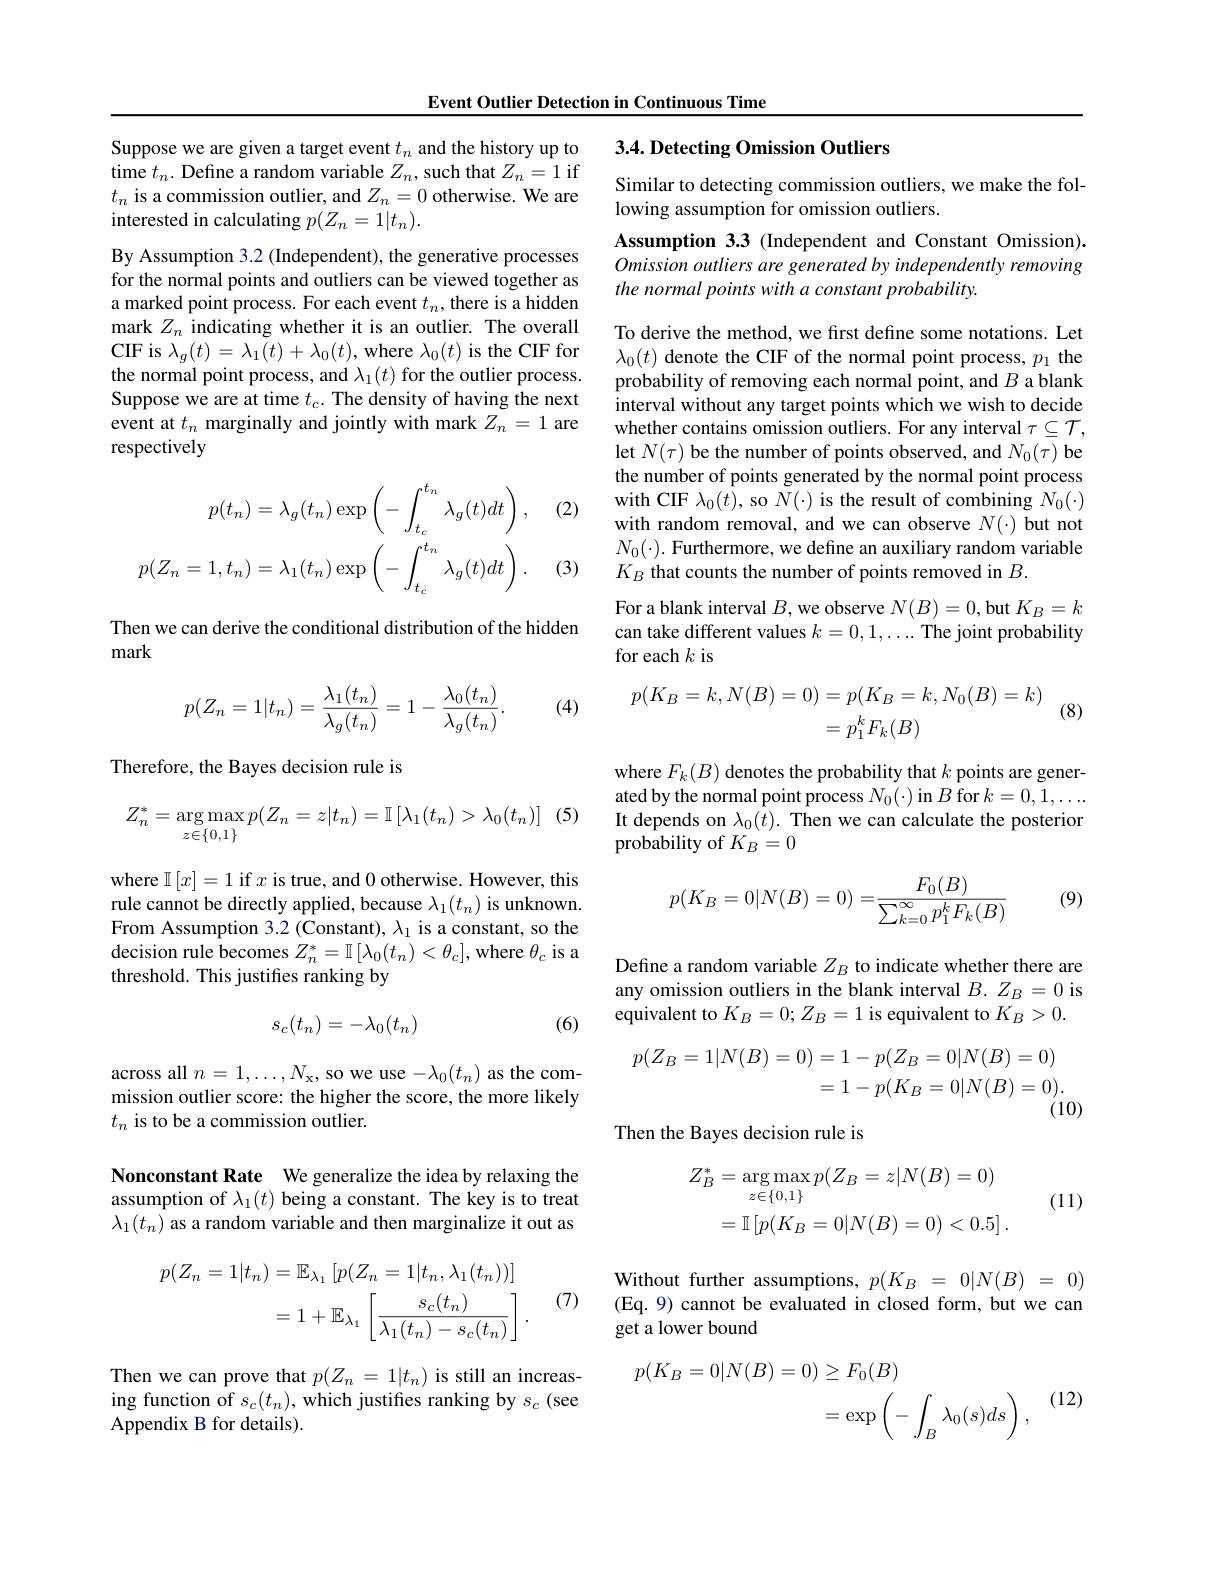
Event Outlier Detection in Continuous Time

Suppose we are given a target event $t_n$ and the history up to time $t_n.$ Define a random variable $Z_n$, such that $Z_n=1$ if $t_n$ is a commission outlier, and $Z_n=0$ otherwise. We are interested in calculating $p(Z_n=1|t_n).$

By Assumption 3.2 (Independent), the generative processes for the normal points and outliers can be viewed together as a marked point process. For each event $t_n$, there is a hidden mark $Z_n$ indicating whether it is an outlier. The overall CIF is $\lambda_g(t)=\lambda_{1}(t)+\lambda_{0}(t)$,where $\lambda_0(t)$ is the CIF for the normal point process, and $\lambda_1(t)$ for the outlier process. Suppose we are at time $t_c.$ The density of having the next event at $t_n$ marginally and jointly with mark $Z_n=1$ are respectively

(2)
$$p(t_{n})=\lambda_{g}(t_{n})\exp\left(-\int_{t_{c}}^{t_{n}}\lambda_{g}(t)dt\right),\\p(Z_{n}=1,t_{n})=\lambda_{1}(t_{n})\exp\left(-\int_{t_{c}}^{t_{n}}\lambda_{g}(t)dt\right).$$
(3)

Then we can derive the conditional distribution of the hidden
mark

(4)
$$p(Z_n=1|t_n)=\frac{\lambda_1(t_n)}{\lambda_g(t_n)}=1-\frac{\lambda_0(t_n)}{\lambda_g(t_n)}.$$
Therefore, the Bayes decision rule is

(5)
$$Z_n^*=\underset{z\in\{0,1\}}{\arg\max}p(Z_n=z|t_n)=\mathbb{I}\left[\lambda_1(t_n)>\lambda_0(t_n)\right]$$
where $\mathbb{I}\left[x\right]=1$ if $x$ is true, and 0 otherwise. However, this rule cannot be directly applied, because $\lambda_1(t_n)$ is unknown. From Assumption 3.2 (Constant), $\lambda_1$ is a constant, so the decision rule becomes $Z_n^*=\mathbb{I}\left[\lambda_0(t_n)<\theta_c\right]$,where $\theta_c$ is a threshold. This justifies ranking by

(6)
$$s_c(t_n)=-\lambda_0(t_n)$$
across all $n=1,\ldots,N_{\mathrm{x}}$, so we use$-\lambda_0(t_n)$ as the commission outlier score: the higher the score, the more likely $t_n$ is to be a commission outlier.

Nonconstant Rate We generalize the idea by relaxing the assumption of $\lambda_1(t)$ being a constant. The key is to treat $\lambda_1(t_n)$ as a random variable and then marginalize it out as
$$\begin{aligned}p(Z_{n}=1|t_{n})&=\mathbb{E}_{\lambda_{1}}\left[p(Z_{n}=1|t_{n},\lambda_{1}(t_{n}))\right]\\&=1+\mathbb{E}_{\lambda_{1}}\left[\frac{s_{c}(t_{n})}{\lambda_{1}(t_{n})-s_{c}(t_{n})}\right].\end{aligned}$$
(7)

Then we can prove that $p(Z_{n}=1|t_{n})$ is still an increasing function of $s_c(t_n)$,which justifes ranking by $s_c$ (see Appendix B for details).

### 3.4. Detecting Omission Outliers

Similar to detecting commission outliers, we make the fol-
lowing assumption for omission outliers.

Assumption 3.3 (Independent and Constant Omission). Omission outliers are generated by independently removing the normal points with a constant probability.

To derive the method, we first define some notations. Let $\lambda_0(t)$ denote the CIF of the normal point process, $p_1$ the probability of removing each normal point, and $B$ a blank interval without any target points which we wish to decide whether contains omission outliers. For any interval $\tau\subseteq\mathcal{T}$, let $N(\tau)$ be the number of points observed, and $N_0(\tau)$ be the number of points generated by the normal point process with CIF $\lambda_0(t)$, so $N(\cdot)$ is the result of combining $N_0(\cdot)$ with random removal, and we can observe $N(\cdot)$ but not $N_{0}( \cdot ) .$ Furthermore, we define an auxiliary random variable $K_{B}$ that counts the number of points removed in $B.$

For a blank interval $B$, we observe $N(B)=0$, but $K_B=k$ can take different values $k=0,1,\ldots$ The joint probability for each $k$ is
$$\begin{aligned}p(K_B=k,N(B)=0)&=p(K_B=k,N_0(B)=k)\\&=p_1^kF_k(B)\end{aligned}$$
where $F_k(B)$ denotes the probability that $k$ points are generated by the normal point process $N_0(\cdot)$ in $B$ for $k=0,1,\ldots.$ It depends on $\lambda_0(t).$ Then we can calculate the posterior probability of $K_B=0$

(9)
$$p(K_B=0|N(B)=0)=\frac{F_0(B)}{\sum_{k=0}^\infty p_1^kF_k(B)}$$
Define a random variable $Z_B$ to indicate whether there are any omission outliers in the blank interval $B.Z_B=0$ is equivalent to $K_B=0;Z_B=1$ is equivalent to $K_B>0.$
$$\begin{aligned}p(Z_{B}=1|N(B)=0)&=1-p(Z_{B}=0|N(B)=0)\\&=1-p(K_{B}=0|N(B)=0).\end{aligned}$$
Then the Bayes decision rule is
$$\begin{aligned}Z_{B}^{*}&=\arg\max_{z\in\{0,1\}}p(Z_{B}=z|N(B)=0)\\&=\mathbb{I}\left[p(K_{B}=0|N(B)=0)<0.5\right].\end{aligned}$$
(11)

Without further assumptions, $p(K_B=0|N(B)=0)$ (Eq. 9) cannot be evaluated in closed form, but we can

get a lower bound
$$\begin{aligned}p(K_B=0|N(B)=0)&\ge F_0(B)\\&=\exp\left(-\int_B\lambda_0(s)ds\right),\end{aligned}$$
(12)